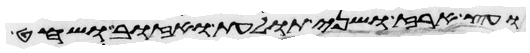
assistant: ועץ ארז ושני תולעת ואזוב ושחט